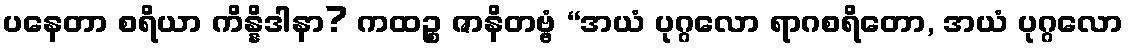
ပနေတာ စရိယာ ကိန္နိဒါနာ? ကထဉ္စ ဇာနိတဗ္ဗံ “အယံ ပုဂ္ဂလော ရာဂစရိတော, အယံ ပုဂ္ဂလော